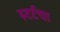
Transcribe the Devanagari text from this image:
स्टर्टचा